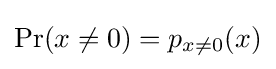
\Pr(x\neq 0)=p_{x\neq 0}(x)